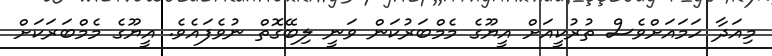
މިއަދާ ހަމައަށްވެސް ތުރުކީއަށް އީޔޫގެ މެމްބަރުކަން ވަނީ ލިބޭގޮތް ނުވެފައެވެ. އީޔޫގެ މެމްބަރަކަށް